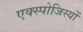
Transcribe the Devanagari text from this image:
एक्स्पोजिस्यों